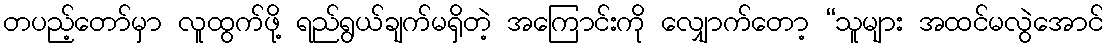
တပည့်တော်မှာ လူထွက်ဖို့ ရည်ရွယ်ချက်မရှိတဲ့ အကြောင်းကို လျှောက်တော့ “သူများ အထင်မလွဲအောင်